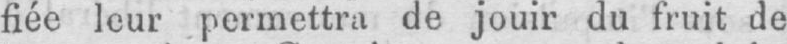
fiée leur permettra de jouir du fruit de